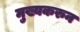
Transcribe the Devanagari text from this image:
मुख्यकरुन